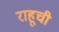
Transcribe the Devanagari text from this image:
राहूची